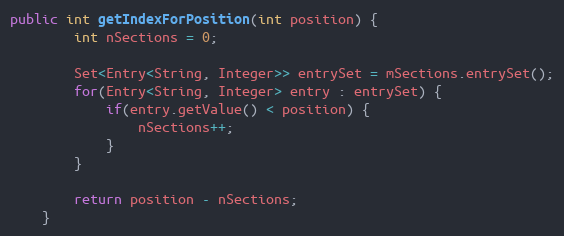
Language: Java
public int getIndexForPosition(int position) {
        int nSections = 0;

        Set<Entry<String, Integer>> entrySet = mSections.entrySet();
        for(Entry<String, Integer> entry : entrySet) {
            if(entry.getValue() < position) {
                nSections++;
            }
        }

        return position - nSections;
    }